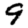
Digit: 9